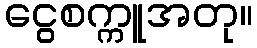
ငွေစက္ကူအတု။